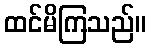
ထင်မိကြသည်။